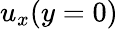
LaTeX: u_{x}(y=0)